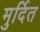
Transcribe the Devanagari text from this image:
मुर्दित